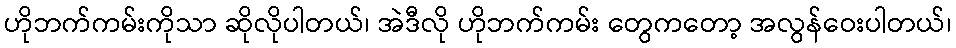
ဟိုဘက်ကမ်းကိုသာ ဆိုလိုပါတယ်၊ အဲဒီလို ဟိုဘက်ကမ်း တွေကတော့ အလွန်ဝေးပါတယ်၊